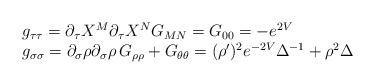
LaTeX: \begin{align*}\begin{array}{l}g_{\tau\tau} = \partial_{\tau} X^M \partial_{\tau} X^N G_{MN} = G_{00} =-e^{2V} \\g_{\sigma\sigma} = \partial_{\sigma} \rho \partial_{\sigma} \rho\,G_{\rho\rho} + G_{\theta\theta} = (\rho^{\prime})^2 e^{-2V}\Delta^{-1} +\rho^2 \Delta\end{array}\end{align*}